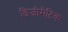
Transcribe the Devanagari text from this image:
डिजीमैटिक